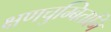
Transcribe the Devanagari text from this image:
क्षणचुम्बितानि